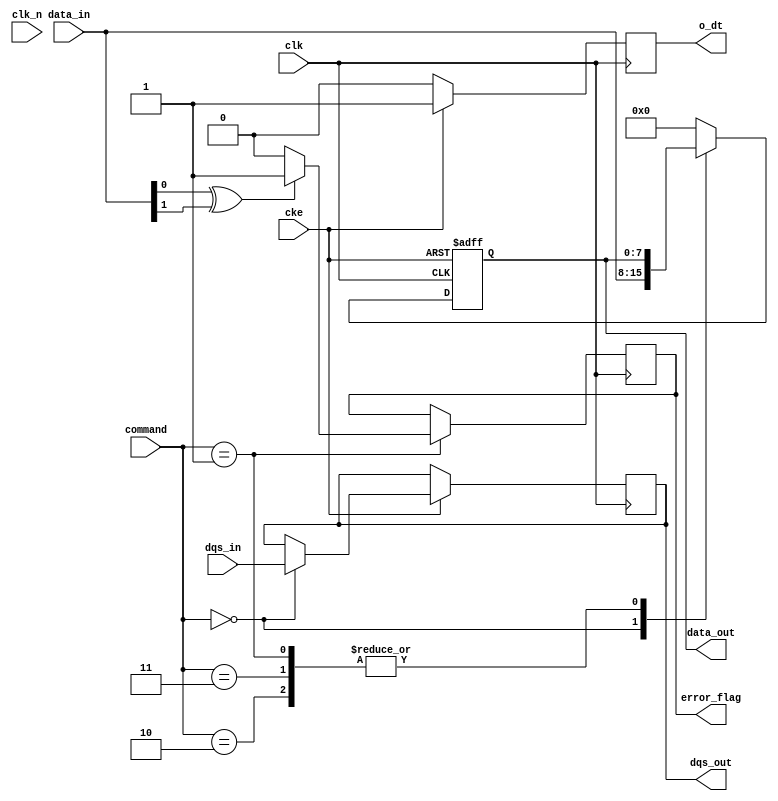
module ddr2_io_block (
    input wire clk,                 // System clock
    input wire clk_n,               // Inverted clock
    input wire cke,                 // Clock enable
    input wire [7:0] data_in,       // Input data (8-bit bus)
    input wire [1:0] dqs_in,        // Differential data strobe
    input wire [2:0] command,       // Command control signals
    output reg [7:0] data_out,      // Output data
    output reg [1:0] dqs_out,       // Differential data strobe output
    output reg o_dt,                // On-die termination signal
    output reg error_flag           // Error signal for ECC
);

// Define states for command processing
localparam CMD_READ       = 3'b000;
localparam CMD_WRITE      = 3'b001;
localparam CMD_PRECHARGE  = 3'b010;
localparam CMD_ACTIVATE    = 3'b011;

// Delay line and calibration registers (simplified for demo)
reg [3:0] delay_adjustment;
reg [1:0] byte_lane_control;

// Clock management
always @(posedge clk or negedge cke) begin
    if (!cke) begin
        data_out <= 8'b0; // Enter low power mode
    end else begin
        // Clock handling logic
        case (command)
            CMD_READ: begin
                // Data read logic
                data_out <= data_in; // Simulated read output
                dqs_out <= dqs_in;   // Pass through DQS
            end
            CMD_WRITE: begin
                // Write data logic
                // (Implementation would depend on the internal memory architecture)
            end
            CMD_PRECHARGE: begin
                // Precharge logic
            end
            CMD_ACTIVATE: begin
                // Activate logic
            end
            default: begin
                data_out <= 8'b0; // Default case
            end
        endcase
    end
end

// On-die termination logic (simplified)
always @(posedge clk) begin
    if (cke) begin
        o_dt <= 1'b1; // Enable ODT when clock is active
    end else begin
        o_dt <= 1'b0; // Disable ODT during idle
    end
end

// Error correction logic (simplified)
always @(posedge clk) begin
    if (command == CMD_WRITE) begin
        // Dummy error detection logic
        if (data_in[0] ^ data_in[1]) begin // Simple parity check
            error_flag <= 1'b1; // Set error flag if error detected
        end else begin
            error_flag <= 1'b0; // Clear error flag
        end
    end
end

endmodule